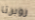
روبرتا